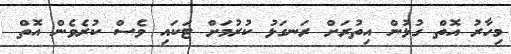
މިހާރު އޮތް ގުޅުން އިތުރަށް ރަނގަޅު ކުރުމަށް ޓަކައި ވެސް ކުރެވެން އޮތް